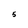
Character: 5